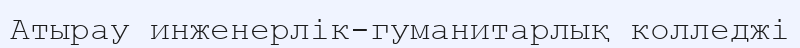
Атырау инженерлік-гуманитарлық колледжі